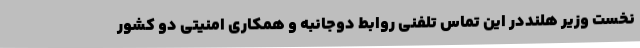
نخست وزیر هلنددر این تماس تلفنی روابط دوجانبه و همکاری امنیتی دو کشور